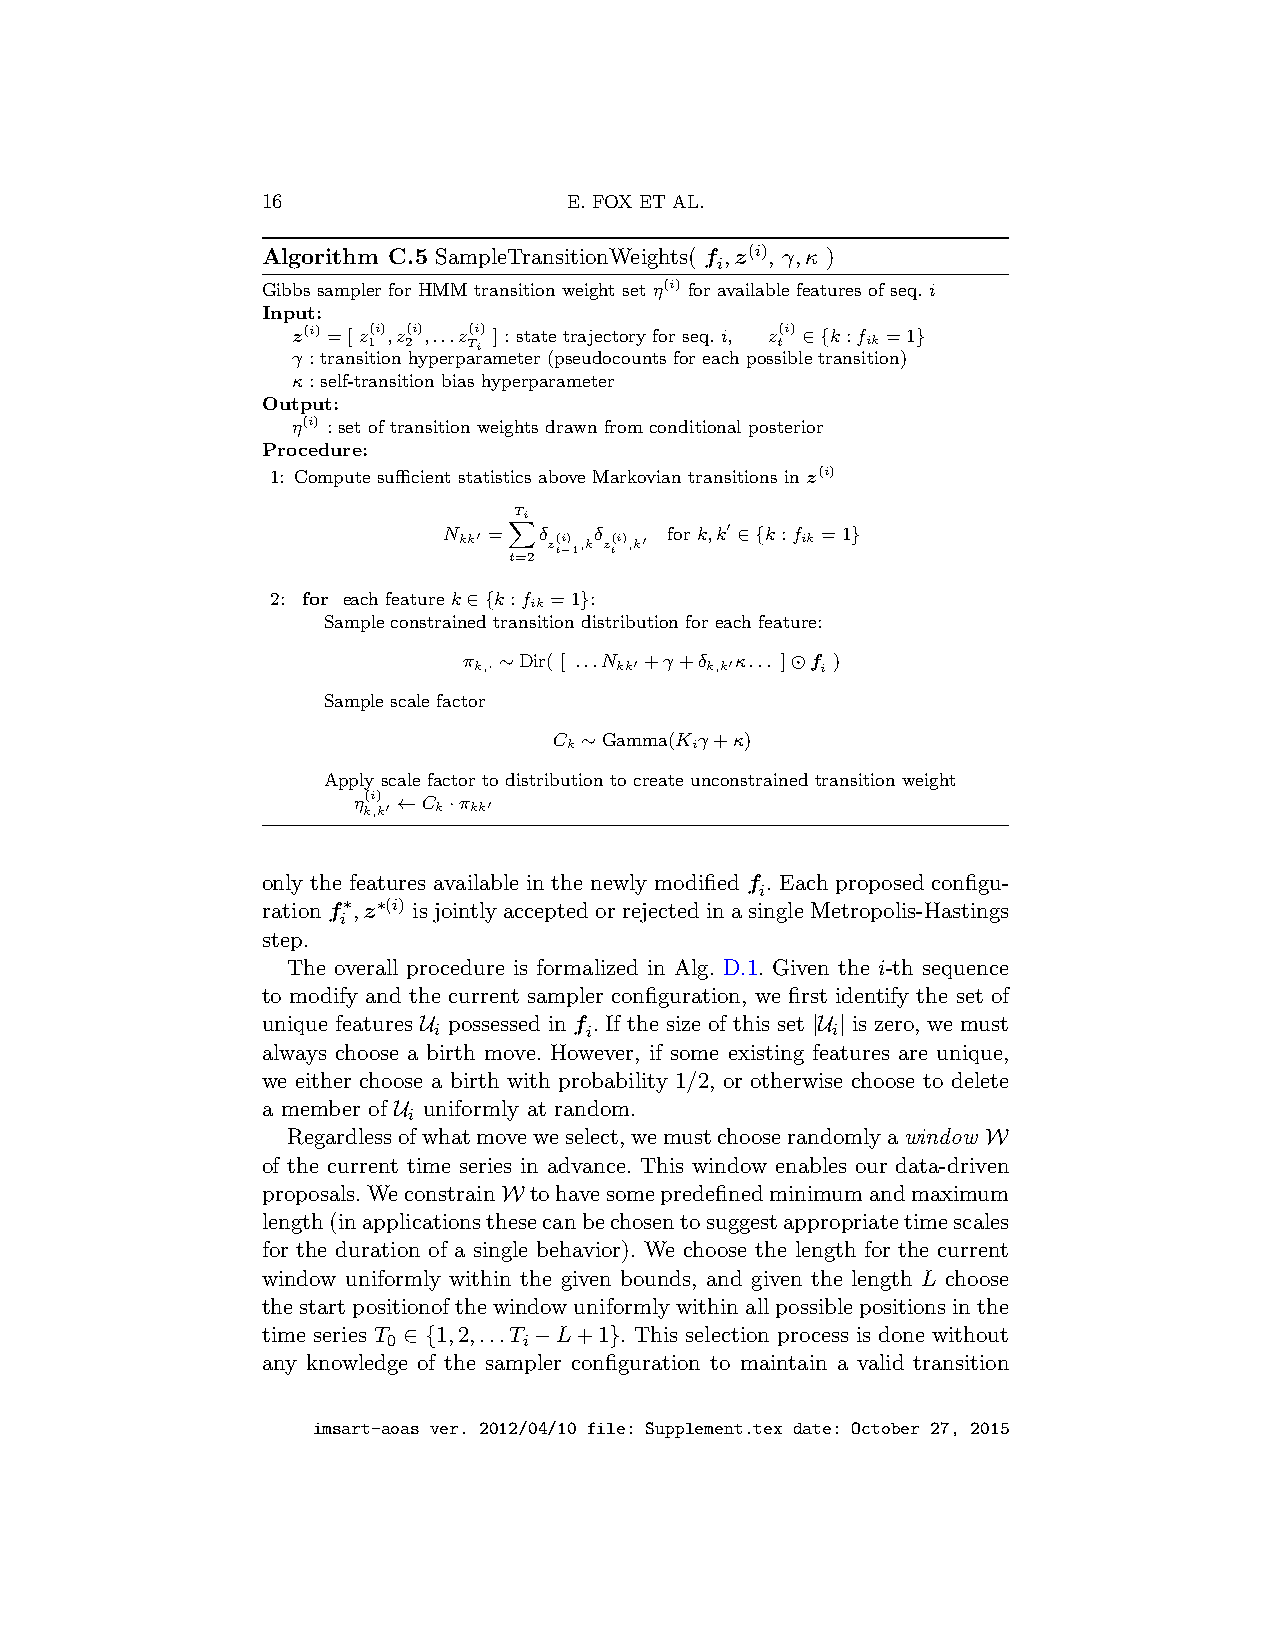
16                   E. FOX ET AL.
 Algorithm C.5 SampleTransitionWeights( f ,z(i), γ,κ )
 i
 Gibbs sampler for HMM transition weight set η(i) for available features of seq. i
 Input:
 z(i) =[ z(i),z(i),...z(i) ] : state trajectory for seq. i, z(i) ∈{k:f =1}
 1  2   Ti                  t     ik
 γ : transition hyperparameter (pseudocounts for each possible transition)
 κ : self-transition bias hyperparameter
 Output:
 η(i) : set of transition weights drawn from conditional posterior
 Procedure:
 1: Compute sufficient statistics above Markovian transitions in z(i)
 Ti
 N kk′ = δ z t( −i) 1,kδ zt(i),k′ for k,k′ ∈{k:f ik =1}
 t=2
 X
 2: for each feature k∈{k:f =1}:
 ik
 Sample constrained transition distribution for each feature:
 π k,· ∼Dir( [ ...N kk′ +γ+δ k,k′κ... ]⊙f i )
 Sample scale factor
 C ∼Gamma(K γ+κ)
 k       i
 Apply scale factor to distribution to create unconstrained transition weight
 η k(i ,) k′ ←C k·π kk′
 only the features available in the newly modified f . Each proposed configu-
 i
 rationf∗,z∗(i) isjointlyacceptedorrejectedinasingleMetropolis-Hastings
 i
 step.
 The overall procedure is formalized in Alg. D.1. Given the i-th sequence
 to modify and the current sampler configuration, we first identify the set of
 unique features U possessed in f . If the size of this set |U | is zero, we must
 i         i               i
 always choose a birth move. However, if some existing features are unique,
 we either choose a birth with probability 1/2, or otherwise choose to delete
 a member of U uniformly at random.
 i
 Regardlessofwhatmoveweselect,wemustchooserandomlyawindow W
 of the current time series in advance. This window enables our data-driven
 proposals.WeconstrainW tohavesomepredefinedminimumandmaximum
 length(inapplicationsthesecanbechosentosuggestappropriatetimescales
 for the duration of a single behavior). We choose the length for the current
 window uniformly within the given bounds, and given the length L choose
 thestartpositionofthewindowuniformlywithinallpossiblepositionsinthe
 time series T ∈ {1,2,...T −L+1}. This selection process is done without
 0        i
 any knowledge of the sampler configuration to maintain a valid transition
 imsart-aoas ver. 2012/04/10 file: Supplement.tex date: October 27, 2015